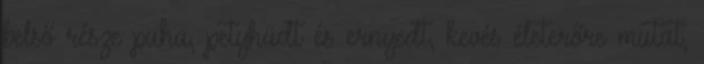
belső része puha, petyhüdt és ernyedt, kevés életerőre mutat,